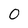
Character: 0